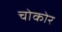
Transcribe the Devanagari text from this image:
चोकोर